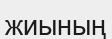
жиының